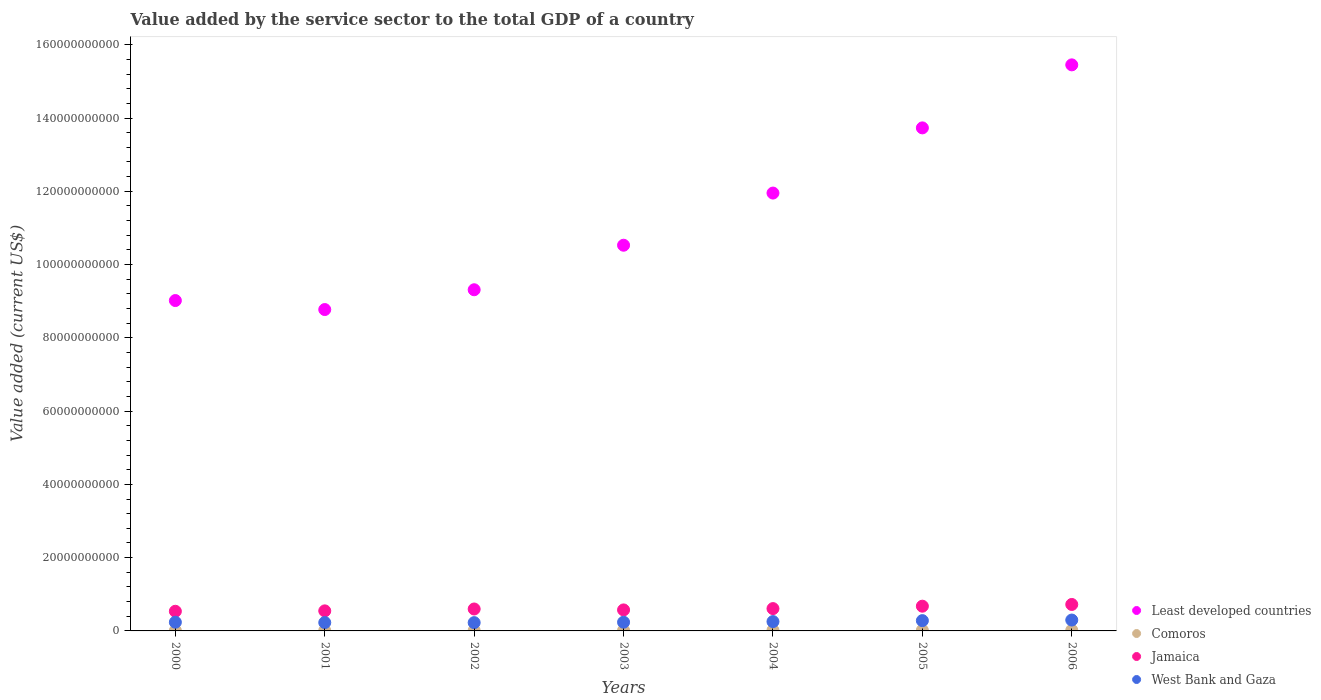
| Years | Least developed countries | Comoros | Jamaica | West Bank and Gaza |
 | --- | --- | --- | --- | --- |
 | 2000 | 9.02e+10 | 1.02e+08 | 5.36e+09 | 2.37e+09 |
 | 2001 | 8.77e+10 | 1.04e+08 | 5.47e+09 | 2.28e+09 |
 | 2002 | 9.31e+10 | 1.16e+08 | 5.99e+09 | 2.26e+09 |
 | 2003 | 1.05e+11 | 1.5e+08 | 5.73e+09 | 2.38e+09 |
 | 2004 | 1.2e+11 | 1.73e+08 | 6.09e+09 | 2.55e+09 |
 | 2005 | 1.37e+11 | 1.79e+08 | 6.75e+09 | 2.81e+09 |
 | 2006 | 1.55e+11 | 1.92e+08 | 7.22e+09 | 2.97e+09 |